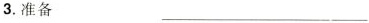
3.准备 ___